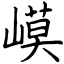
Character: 幙